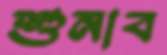
শুনাব